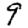
Digit: 9